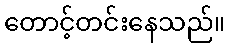
တောင့်တင်းနေသည်။